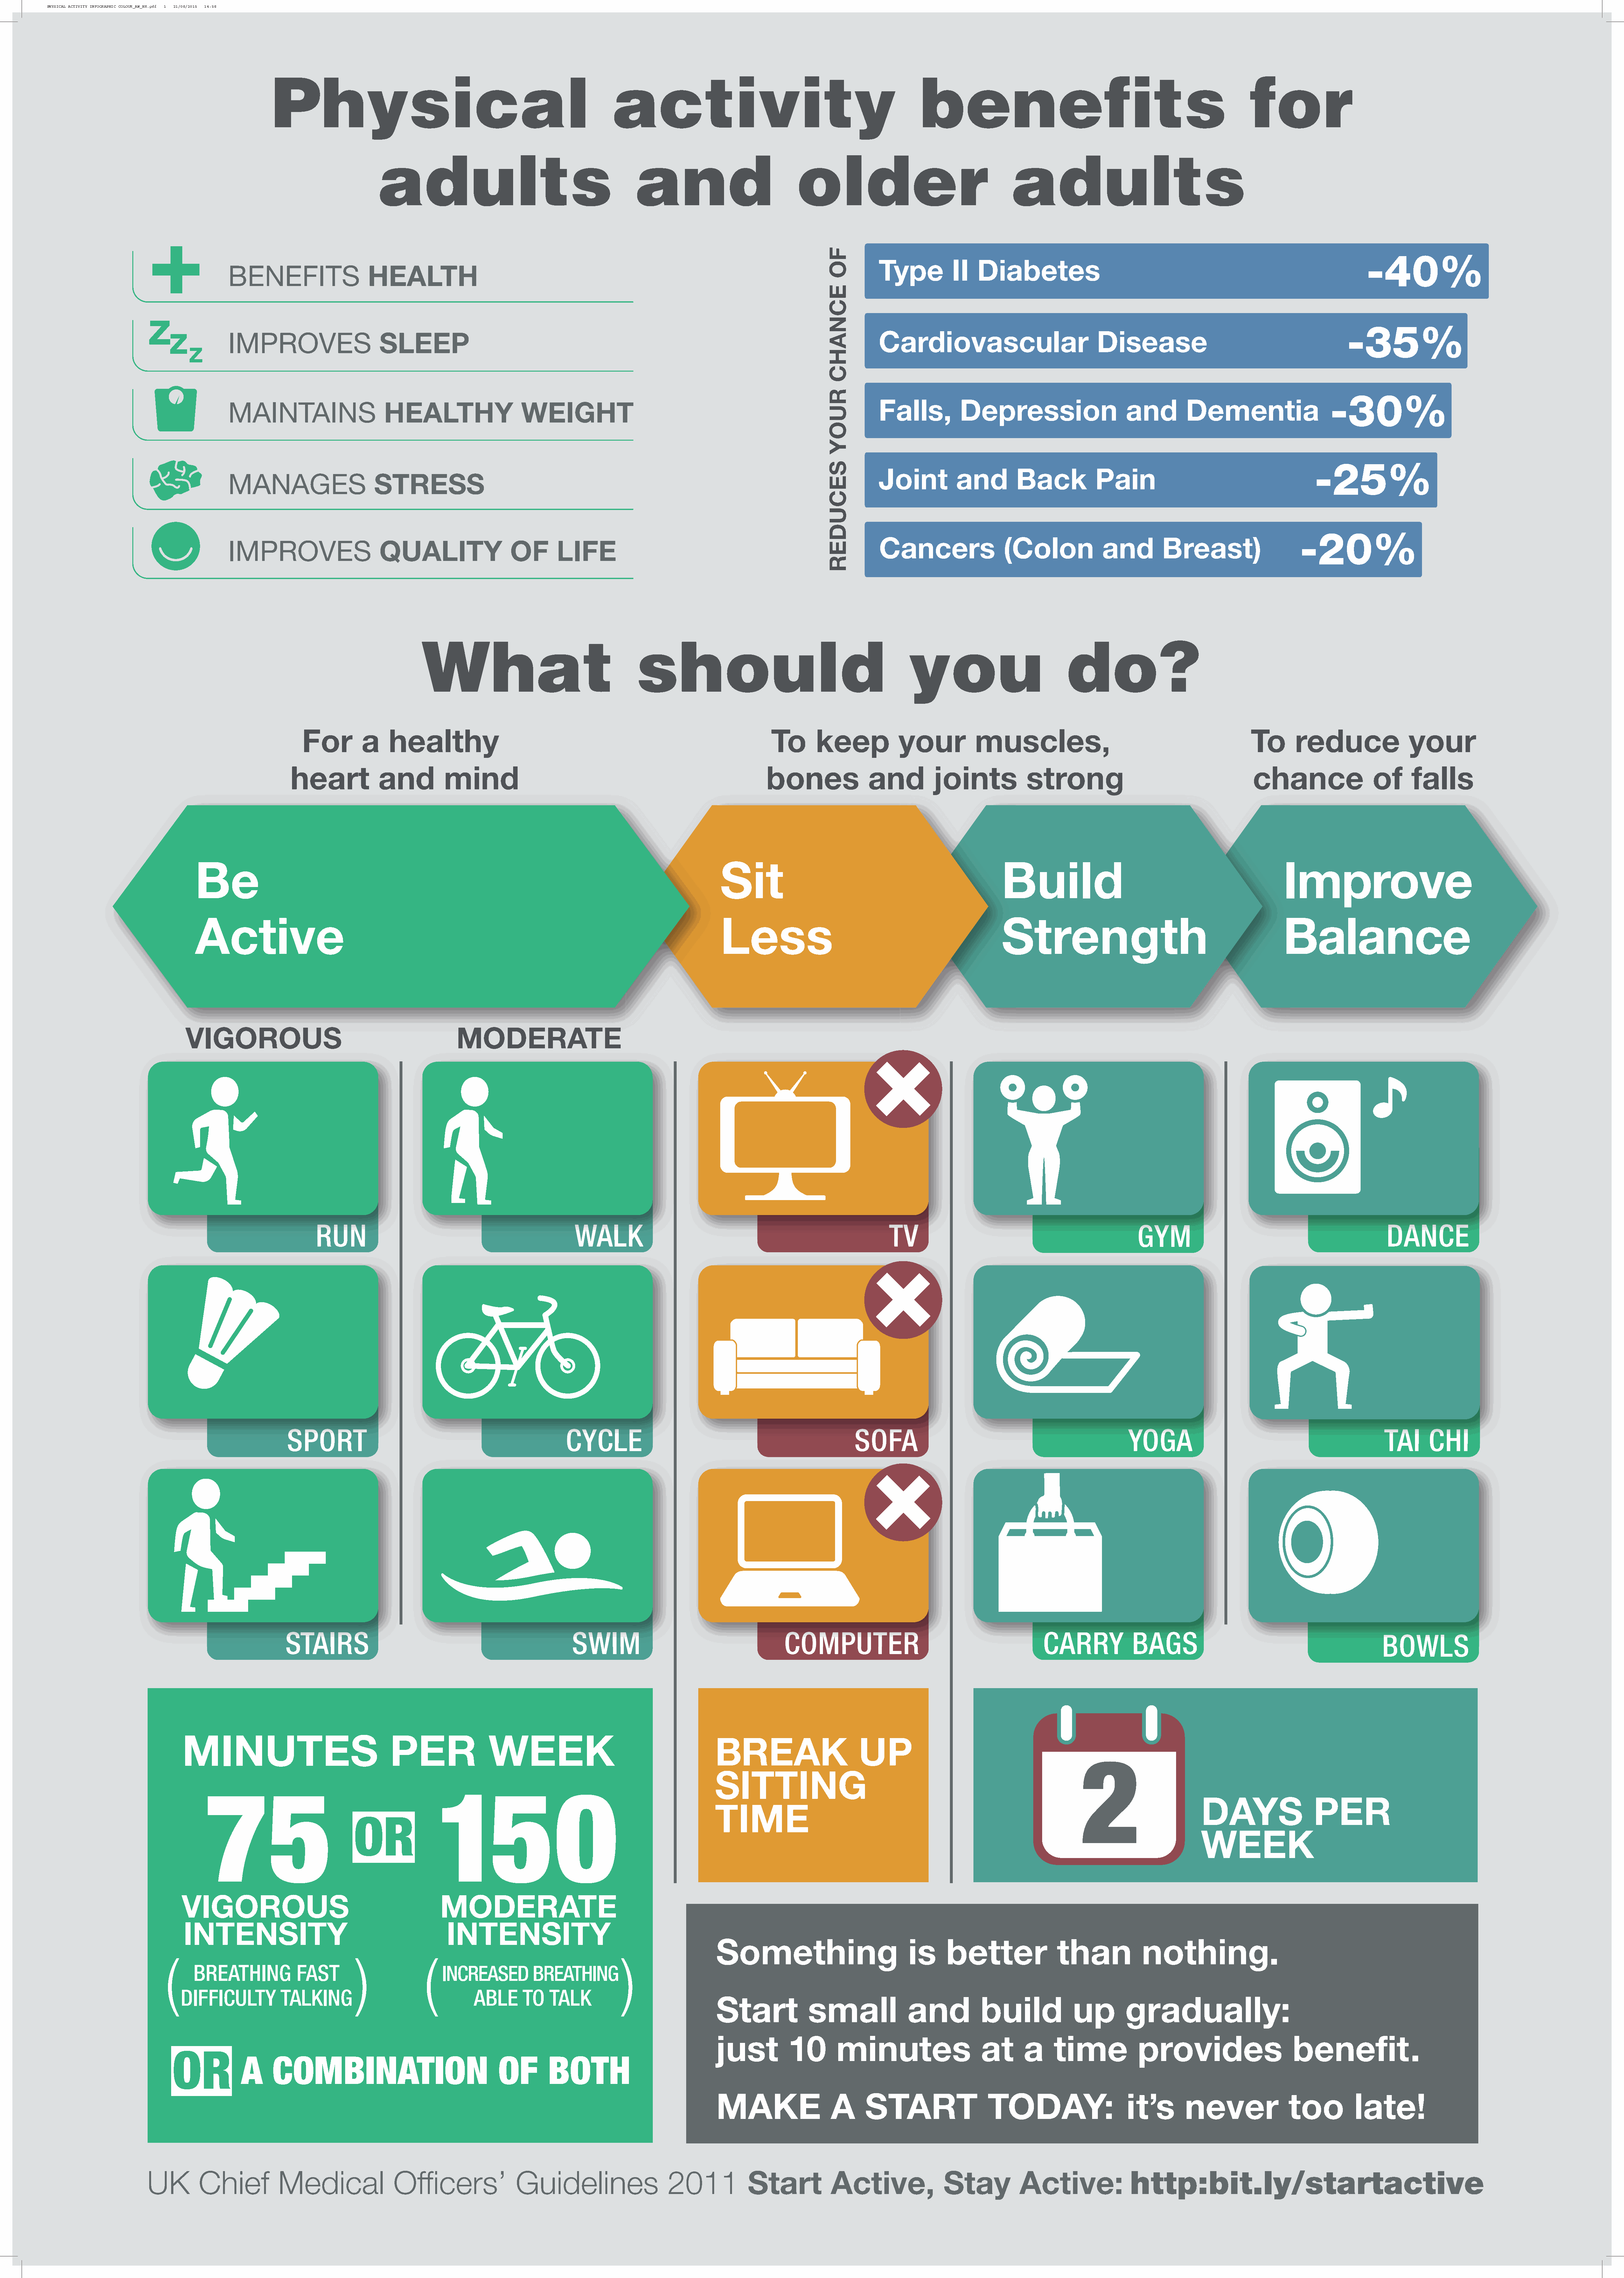
PHYSICAL ACTIVITY INFOGRAPHIC COLOUR_AW_HR.pdf 1 21/08/2015 14:58
 Physical                                                               activity                                                        benefits                                                             for
 adults                                               and                               older                                       adults
 BENEFITS
 HEALTH
 IMPROVES
 SLEEP
 MAINTAINS
 HEALTHY                     WEIGHT
 MANAGES
 STRESS
 IMPROVES
 Cancers                   (Colon              and          Breast)
 QUALITY                    OF        LIFE
 What                                        should                                                   you                              do?
 UK        Chief            Medical                 Officers’                Guidelines                      2011
 Start            Active,                Stay            Active:
 FO
 ECNAHC
 RUOY
 SECUDER